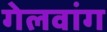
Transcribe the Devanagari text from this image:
गेलवांग